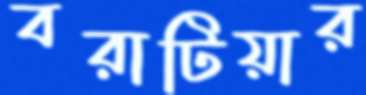
বরাটিয়ার